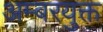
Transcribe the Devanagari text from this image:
अम्बरयुक्त